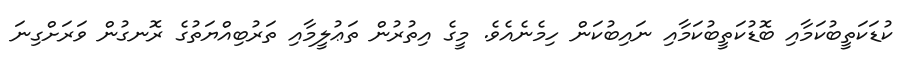
ކުޑަކަތީބުކަމާއި ބޮޑުކަތީބުކަމާއި ނައިބުކަން ހިމެނެއެވެ. މީގެ އިތުރުން ތަޢުލީމާއި ތަރުބިއްޔަތުގެ ރޮނގުން ވަރަށްގިނަ